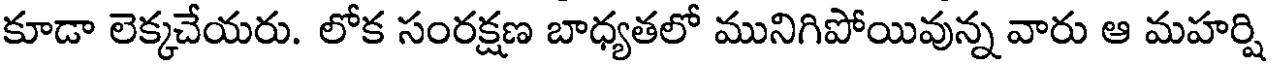
కూడా లెక్కచేయరు. లోక సంరక్షణ బాధ్యతలో మునిగిపోయివున్న వారు ఆ మహర్షి